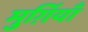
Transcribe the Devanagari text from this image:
मुर्ग़ियाँ